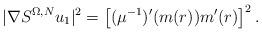
LaTeX: \begin{align*}|\nabla S^{\Omega,N} u_1|^2 = \left[ (\mu^{-1})'(m(r)) m'(r)\right]^2 .\end{align*}